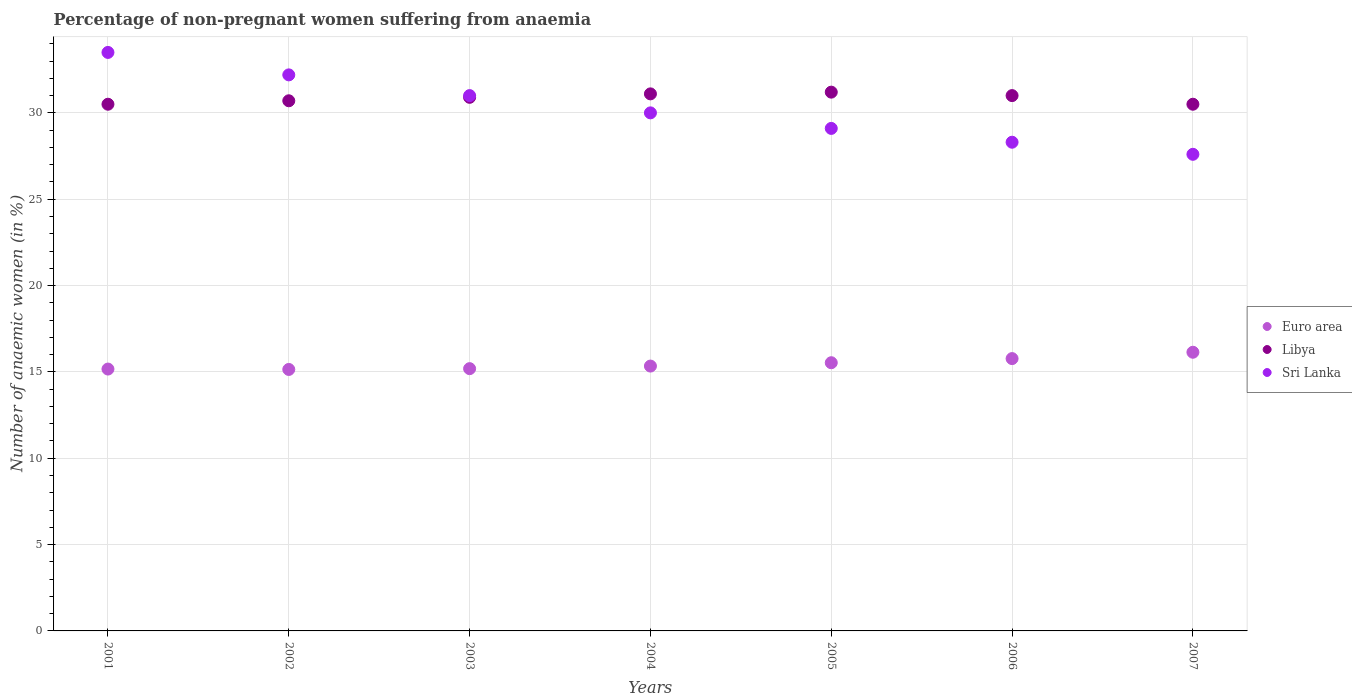
| Years | Euro area | Libya | Sri Lanka |
 | --- | --- | --- | --- |
 | 2001 | 15.2 | 30.5 | 33.5 |
 | 2002 | 15.1 | 30.7 | 32.2 |
 | 2003 | 15.2 | 30.9 | 31 |
 | 2004 | 15.3 | 31.1 | 30 |
 | 2005 | 15.5 | 31.2 | 29.1 |
 | 2006 | 15.8 | 31 | 28.3 |
 | 2007 | 16.1 | 30.5 | 27.6 |